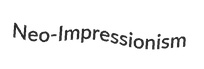
Neo-Impressionism